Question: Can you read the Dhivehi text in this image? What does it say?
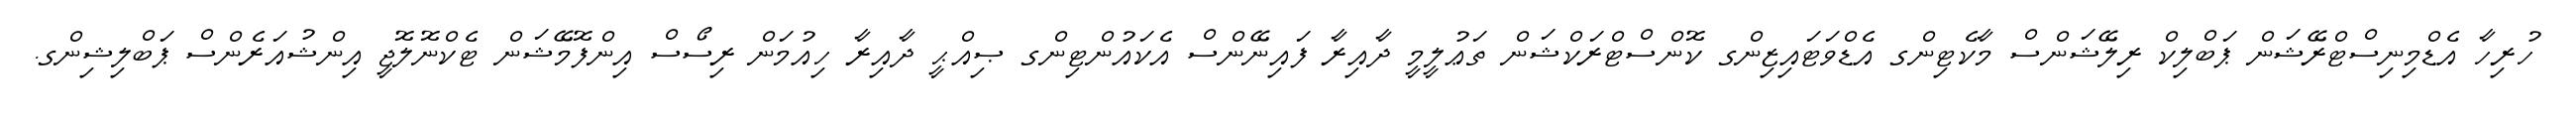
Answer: ހުރިހާ އެޑްމިނިސްޓްރޭޝަން ޕަބްލިކް ރިލޭޝަންސް މާކެޓިންގ އެޑްވަޓައިޒިންގ ކޮންސްޓްރަކްޝަން ތަޢުލީމީ ދާއިރާ ފައިނޭންސް އެކައުންޓިންގ ޞިއްޙީ ދާއިރާ ހިއުމަން ރިސޯސް އިންފޮމޭޝަން ޓެކްނޮލޮޖީ އިންޝުއަރެންސް ޕަބްލިޝިންގ.